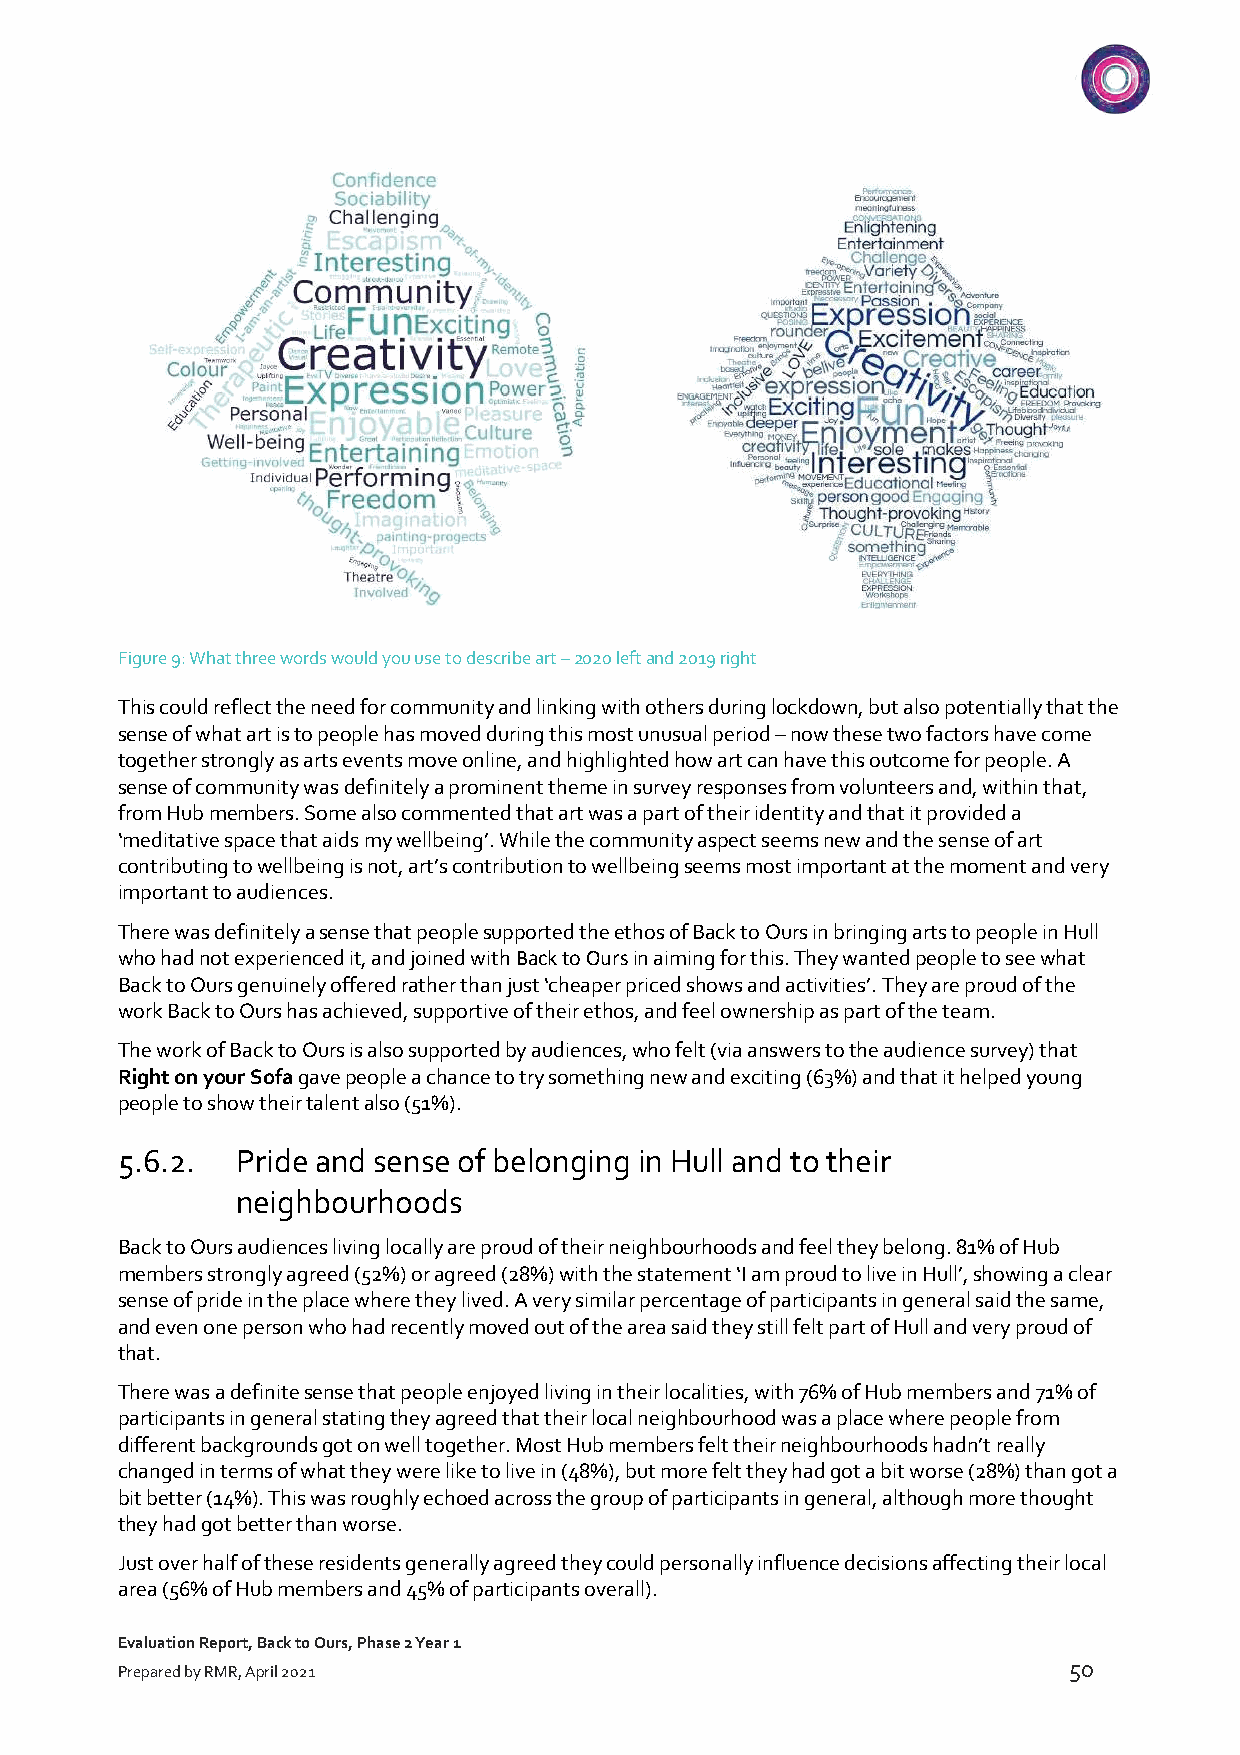
Figure 9: What three words would you use to describe art – 2020 left and 2019 right
 This could reflect the need for community and linking with others during lockdown, but also potentially that the
 sense of what art is to people has moved during this most unusual period – now these two factors have come
 together strongly as arts events move online, and highlighted how art can have this outcome for people. A
 sense of community was definitely a prominent theme in survey responses from volunteers and, within that,
 from Hub members. Some also commented that art was a part of their identity and that it provided a
 ‘meditative space that aids my wellbeing’. While the community aspect seems new and the sense of art
 contributing to wellbeing is not, art’s contribution to wellbeing seems most important at the moment and very
 important to audiences.
 There was definitely a sense that people supported the ethos of Back to Ours in bringing arts to people in Hull
 who had not experienced it, and joined with Back to Ours in aiming for this. They wanted people to see what
 Back to Ours genuinely offered rather than just ‘cheaper priced shows and activities’. They are proud of the
 work Back to Ours has achieved, supportive of their ethos, and feel ownership as part of the team.
 The work of Back to Ours is also supported by audiences, who felt (via answers to the audience survey) that
 Right on your Sofa gave people a chance to try something new and exciting (63%) and that it helped young
 people to show their talent also (51%).
 5.6.2.  Pride and sense of belonging in Hull and to their
 neighbourhoods
 Back to Ours audiences living locally are proud of their neighbourhoods and feel they belong. 81% of Hub
 members strongly agreed (52%) or agreed (28%) with the statement ‘I am proud to live in Hull’, showing a clear
 sense of pride in the place where they lived. A very similar percentage of participants in general said the same,
 and even one person who had recently moved out of the area said they still felt part of Hull and very proud of
 that.
 There was a definite sense that people enjoyed living in their localities, with 76% of Hub members and 71% of
 participants in general stating they agreed that their local neighbourhood was a place where people from
 different backgrounds got on well together. Most Hub members felt their neighbourhoods hadn’t really
 changed in terms of what they were like to live in (48%), but more felt they had got a bit worse (28%) than got a
 bit better (14%). This was roughly echoed across the group of participants in general, although more thought
 they had got better than worse.
 Just over half of these residents generally agreed they could personally influence decisions affecting their local
 area (56% of Hub members and 45% of participants overall).
 Evaluation Report, Back to Ours, Phase 2 Year 1
 50
 Prepared by RMR, April 2021